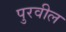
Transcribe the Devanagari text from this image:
पुरवील